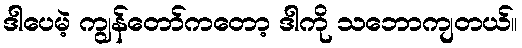
ဒါပေမဲ့ ကျွန်တော်ကတော့ ဒါကို သဘောကျတယ်။